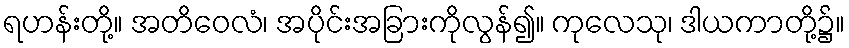
ရဟန်းတို့။ အတိဝေလံ၊ အပိုင်းအခြားကိုလွန်၍။ ကုလေသု၊ ဒါယကာတို့၌။